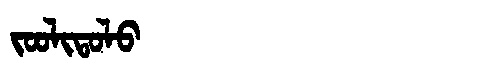
Manchu: ᠵᠣᠣᠯᡳᡨᠣᠯᠣ
Romanization: JOOLITOLO